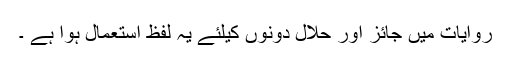
روایات میں جائز اور حلال دونوں کیلئے یہ لفظ استعمال ہوا ہے ۔